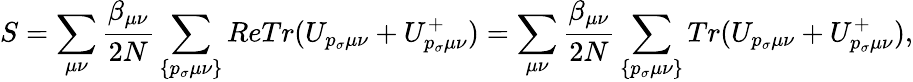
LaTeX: S=\sum_{\mu\nu}\frac{\beta_{\mu\nu}}{2N}\sum_{\{ p_{\sigma}\mu\nu\} }ReTr(U_{p_{\sigma}\mu\nu}+U_{p_{\sigma}\mu\nu}^{+})=\sum_{\mu\nu}\frac{\beta_{\mu\nu}}{2N}\sum_{\{ p_{\sigma}\mu\nu\} }Tr(U_{p_{\sigma}\mu\nu}+U_{p_{\sigma}\mu\nu}^{+}),